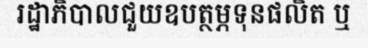
រដ្ឋាភិបាលជួយឧបត្ថម្ភទុនផលិត ឬ